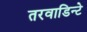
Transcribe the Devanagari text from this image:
तरवाडिन्टे